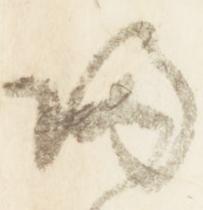
帰